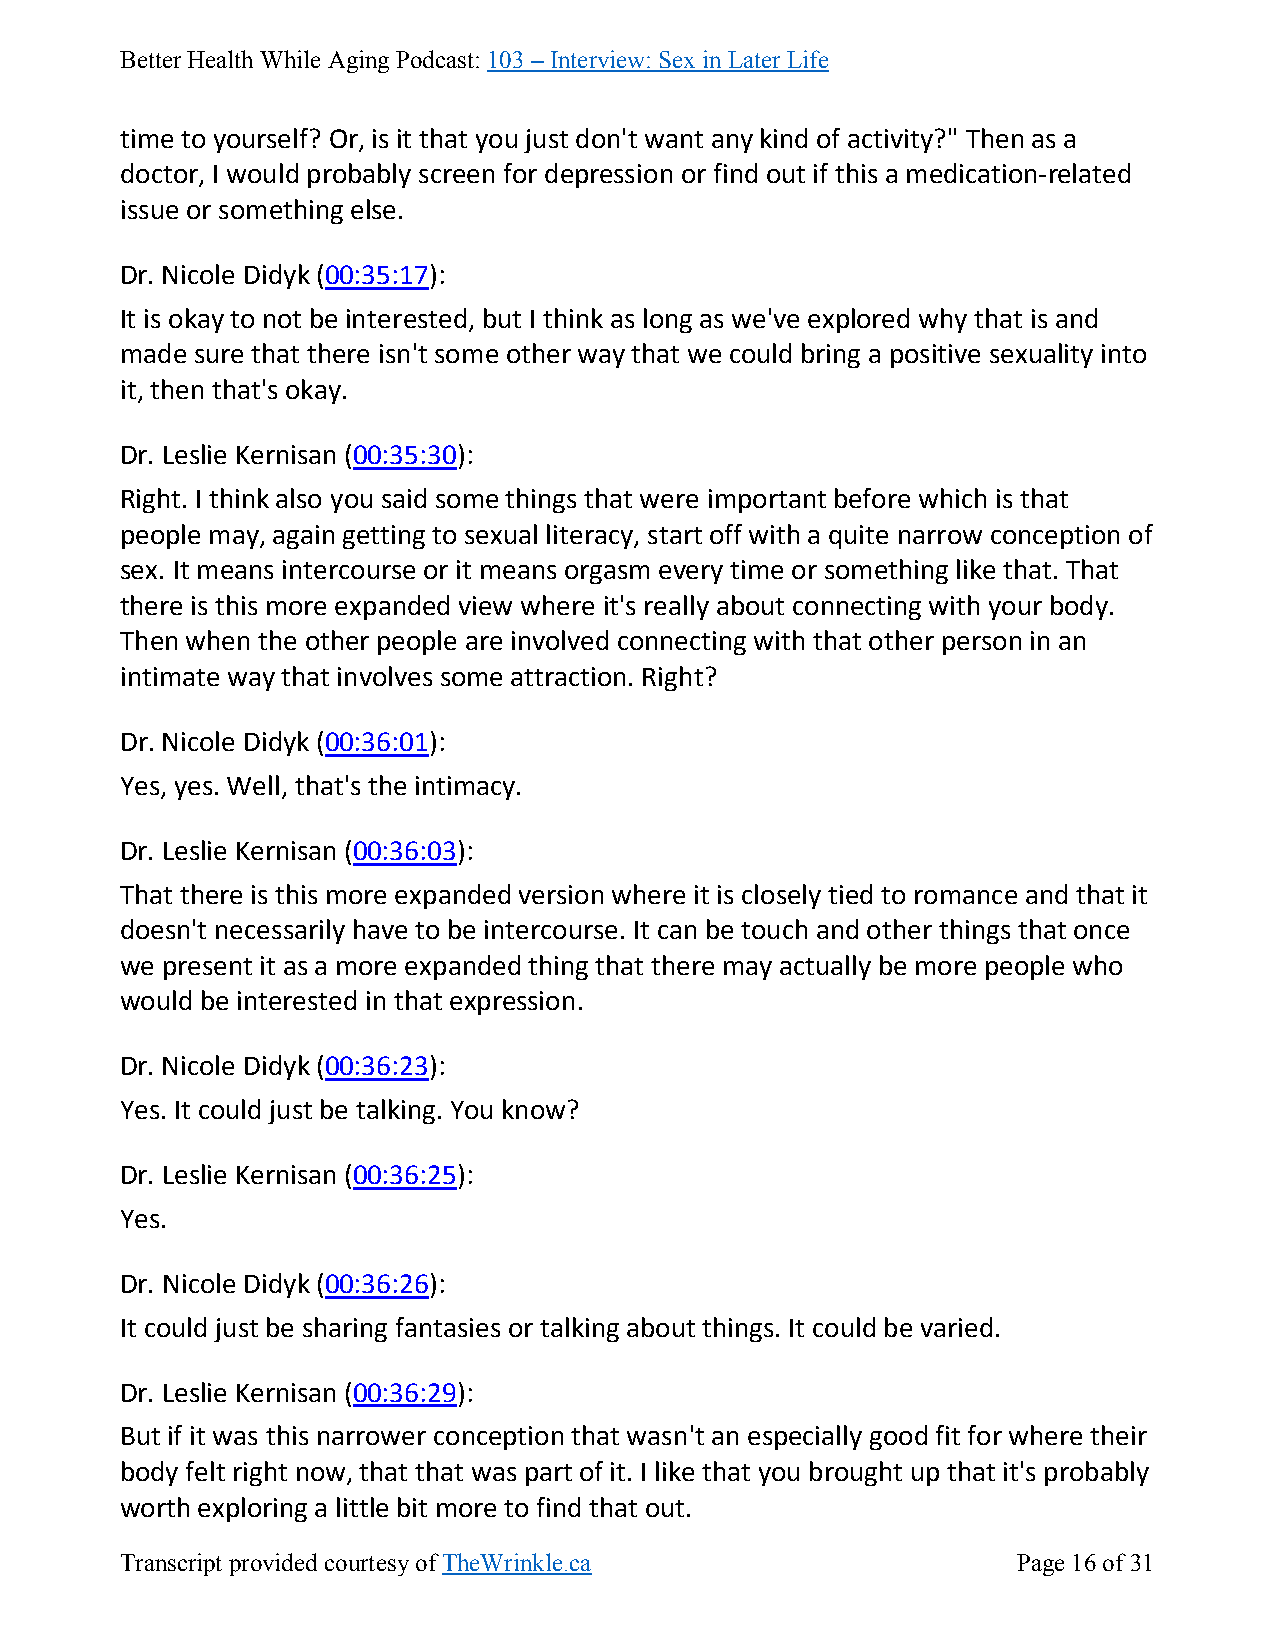
Better Health While Aging Podcast: 103 – Interview: Sex in Later Life
 time to yourself? Or, is it that you just don't want any kind of activity?" Then as a
 doctor, I would probably screen for depression or find out if this a medication-related
 issue or something else.
 Dr. Nicole Didyk (00:35:17):
 It is okay to not be interested, but I think as long as we've explored why that is and
 made sure that there isn't some other way that we could bring a positive sexuality into
 it, then that's okay.
 Dr. Leslie Kernisan (00:35:30):
 Right. I think also you said some things that were important before which is that
 people may, again getting to sexual literacy, start off with a quite narrow conception of
 sex. It means intercourse or it means orgasm every time or something like that. That
 there is this more expanded view where it's really about connecting with your body.
 Then when the other people are involved connecting with that other person in an
 intimate way that involves some attraction. Right?
 Dr. Nicole Didyk (00:36:01):
 Yes, yes. Well, that's the intimacy.
 Dr. Leslie Kernisan (00:36:03):
 That there is this more expanded version where it is closely tied to romance and that it
 doesn't necessarily have to be intercourse. It can be touch and other things that once
 we present it as a more expanded thing that there may actually be more people who
 would be interested in that expression.
 Dr. Nicole Didyk (00:36:23):
 Yes. It could just be talking. You know?
 Dr. Leslie Kernisan (00:36:25):
 Yes.
 Dr. Nicole Didyk (00:36:26):
 It could just be sharing fantasies or talking about things. It could be varied.
 Dr. Leslie Kernisan (00:36:29):
 But if it was this narrower conception that wasn't an especially good fit for where their
 body felt right now, that that was part of it. I like that you brought up that it's probably
 worth exploring a little bit more to find that out.
 Transcript provided courtesy of TheWrinkle.ca              Page 16 of 31